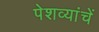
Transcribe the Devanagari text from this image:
पेशव्यांचें